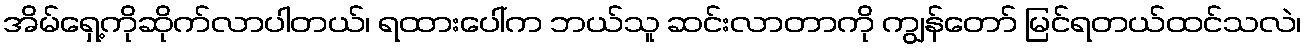
အိမ်ရှေ့ကိုဆိုက်လာပါတယ်၊ ရထားပေါ်က ဘယ်သူ ဆင်းလာတာကို ကျွန်တော် မြင်ရတယ်ထင်သလဲ၊